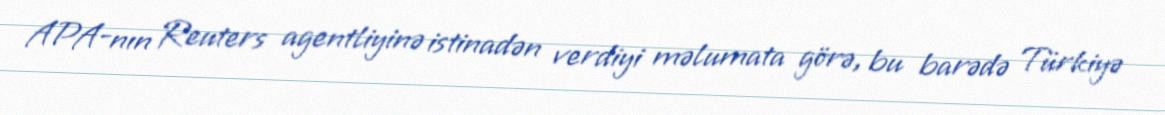
APA-nın Reuters agentliyinə istinadən verdiyi məlumata görə, bu barədə Türkiyə